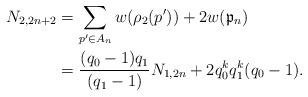
LaTeX: \begin{align*}N_{2,2n+2} &= \sum_{p' \in A_n} w(\rho_2(p')) + 2 w(\mathfrak{p}_{n}) \\&= \frac{(q_0-1)q_1}{(q_1-1)}N_{1,2n}+2q_0^k q_1^{k} (q_0-1).\end{align*}